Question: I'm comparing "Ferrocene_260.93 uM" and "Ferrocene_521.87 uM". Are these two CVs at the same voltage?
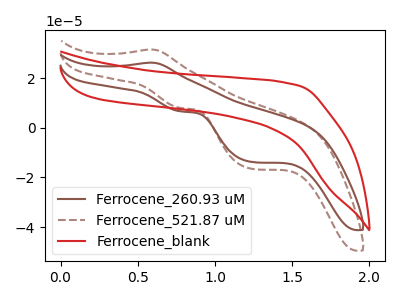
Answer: <think>The brown curve "Ferrocene_260.93 uM" has an anodic peak at (0.60V, 26.30uA) and cathodic peaks at (0.80V, 6.65uA) (1.25V, -13.70uA). The brown dashed curve "Ferrocene_521.87 uM" has an anodic peak at (0.60V, 31.60uA) and cathodic peaks at (0.80V, 8.00uA) (1.25V, -16.50uA). The red curve "Ferrocene_blank" has no peaks.
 All the peaks in "Ferrocene_260.93 uM" have a peak in "Ferrocene_521.87 uM" at the same potential.</think>
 <answer>"Ferrocene_260.93 uM" and "Ferrocene_521.87 uM" are similar in shape.</answer>
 <eval>same_shape</eval>